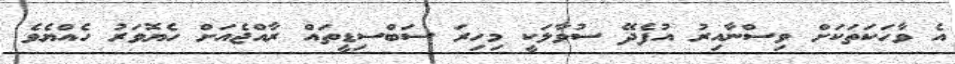
އެ ވާހަކަތަކަށް ވިސްނާއިރު އުފެދޭ ސުވާލަކީ މިހިރަ ސަބްސިޑީތައް ރާއްޖެއަށް ހެޔޮވަރު ހެއްޔެވެ